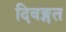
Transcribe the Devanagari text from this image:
दिवङ्गत